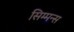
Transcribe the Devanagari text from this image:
सिम्मन्स